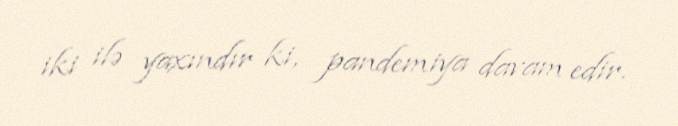
iki ilə yaxındır ki, pandemiya davam edir.